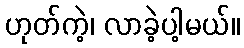
ဟုတ်ကဲ့၊ လာခဲ့ပါ့မယ်။